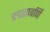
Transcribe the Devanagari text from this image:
रुद्रसावर्णि